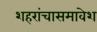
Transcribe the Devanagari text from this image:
शहरांचासमावेश